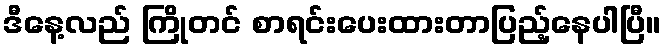
ဒီနေ့လည် ကြိုတင် စာရင်းပေးထားတာပြည့်နေပါပြီ။